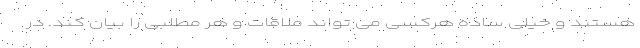
هستند و خیلی ساده هرکسی می تواند ملاقات و هر مطلبی را بیان کند. در